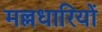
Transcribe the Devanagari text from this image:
मल्लधारियों